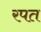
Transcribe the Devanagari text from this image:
रपत